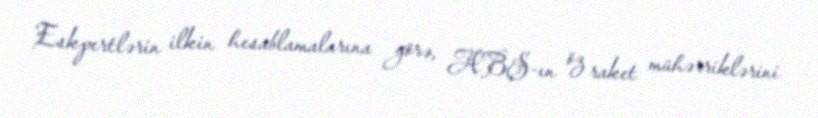
Eskpertlərin ilkin hesablamalarına görə, ABŞ-ın öz raket mühərriklərini